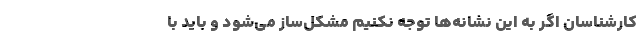
کارشناسان اگر به این نشانه‌ها توجه نکنیم مشکل‌ساز می‌شود و باید با